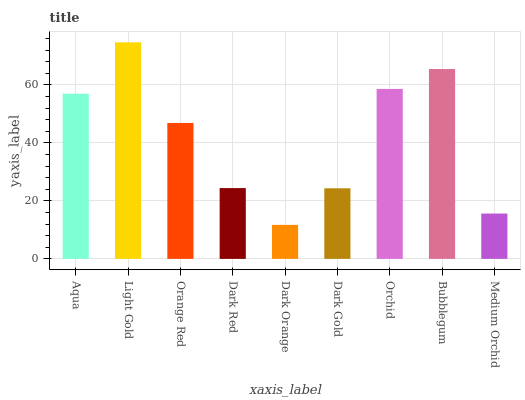
| xaxis_label | bars |
 | --- | --- |
 | Aqua | 57 |
 | Light Gold | 74.7 |
 | Orange Red | 46.9 |
 | Dark Red | 24.4 |
 | Dark Orange | 11.7 |
 | Dark Gold | 24.4 |
 | Orchid | 58.6 |
 | Bubblegum | 65.5 |
 | Medium Orchid | 15.6 |